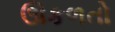
ઊકળતો